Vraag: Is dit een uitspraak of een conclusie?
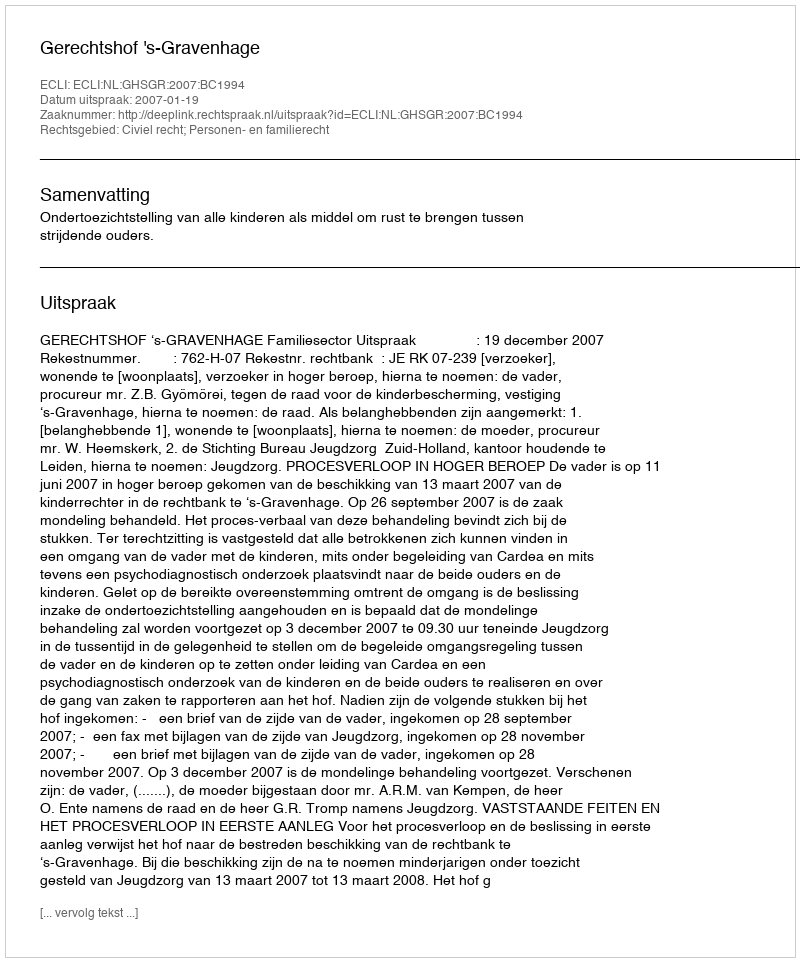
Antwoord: Uitspraak